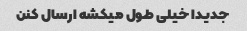
جدیدا خیلی طول میکشه ارسال کنن